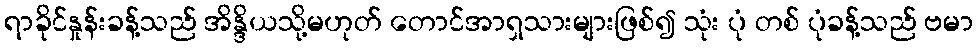
ရာခိုင်နှုန်းခန့်သည် အိန္ဒိယသို့မဟုတ် တောင်အာရှသားများဖြစ်၍ သုံး ပုံ တစ် ပုံခန့်သည် ဗမာ